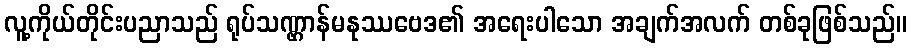
လူ့ကိုယ်တိုင်းပညာသည် ရုပ်သဏ္ဌာန်မနုဿဗေဒ၏ အရေးပါသော အချက်အလက် တစ်ခုဖြစ်သည်။